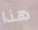
هذا